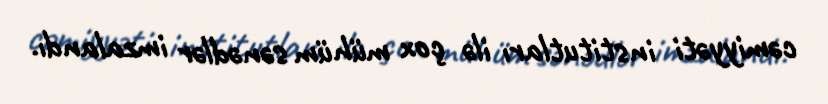
cəmiyyəti institutları ilə çox mühüm sənədlər imzalandı.